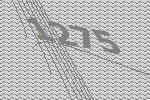
1275